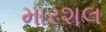
મારશલ